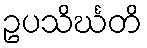
ဥပသိင်္ဃတိ